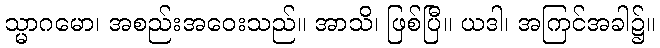
သ္မာဂမော၊ အစည်းအဝေးသည်။ အာသိ၊ ဖြစ်ပြီ။ ယဒါ၊ အကြင်အခါ၌။